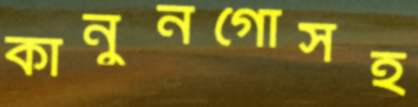
কানুনগোসহ